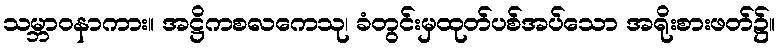
သမ္ဘာဝနာကား။ အဋ္ဌိကစလကေသု၊ ခံတွင်းမှထုတ်ပစ်အပ်သော အရိုးစားဖတ်၌။